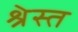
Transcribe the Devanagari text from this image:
श्रेस्त